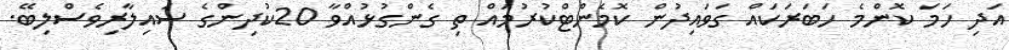
އަދި ހަމަ ކޮންމެ ހަބަރަކައް ގަވައިދުން ކޮމެންޓްކުރުމައް ތި ގެންގުޅުއްވާ 20ކުދިންގެ ސައިލާރިވެސްލިބޭ.